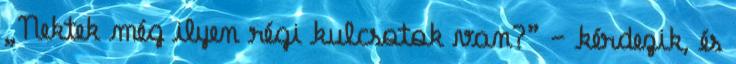
„Nektek még ilyen régi kulcsotok van?” – kérdezik, és